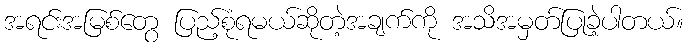
အရင်းအမြစ်တွေ ပြည့်စုံရမယ်ဆိုတဲ့အချက်ကို အသိအမှတ်ပြုခဲ့ပါတယ်။